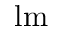
\mathrm { l m }